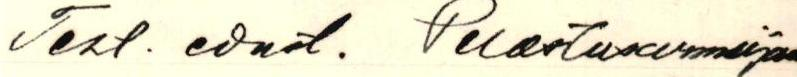
Teht. edust. Pelastusarmeijan